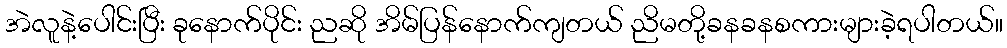
အဲလူနဲ့ပေါင်းပြီး ခုနောက်ပိုင်း ညဆို အိမ်ပြန်နောက်ကျတယ် ညိမတို့ခနခနစကားများခဲ့ရပါတယ်။